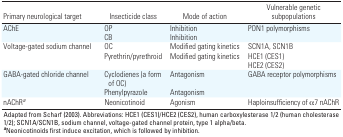
| Primary neurological target | Insecticide class | Mode of action | Vulnerable genetic subpopulations |
 | --- | --- | --- | --- |
 | AChE |  | OP |  | Inhibition |  | PON1 polymorphisms |
 |  |  | CB |  | Inhibition |  |  |
 | Voltage-gated sodium channel |  | OC |  | Modified gating kinetics |  | SCN1A, SCN1B |
 |  |  | Pyrethrin/pyrethroid |  | Modified gating kinetics |  | HCE1 (CES1) |
 |  |  |  |  |  |  | HCE2 (CES2) |
 | GABA-gated chloride channel |  | Cyclodienes (a form of OC) |  | Antagonism |  | GABA receptor polymorphisms |
 |  |  | Phenylpyrazole |  | Antagonism |  |  |
 | nAChRa |  | Neonicotinoid |  | Agonism |  | Haploinsufficiency of α7 nAChR |
 | <COLSPAN=7> Adapted from Scharf (2003). Abbreviations: HCE1 (CES1)/HCE2(CES2), human carboxylesterase 1/2 (human cholesterase 1/2);SCN1A/SCN1B, sodium channel, voltage-gated channel protein, type 1alpha/beta. aNeonicotinoids first induce excitation, which is followedby inhibition. |